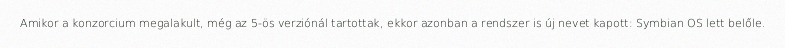
Amikor a konzorcium megalakult, még az 5-ös verziónál tartottak, ekkor azonban a rendszer is új nevet kapott: Symbian OS lett belőle.